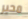
محير